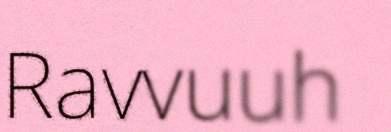
Ravvuuh